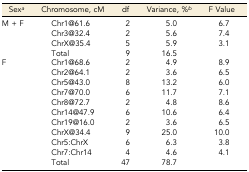
<table><thead><tr><td><b>Sex<i><sup>a</sup></i></b></td><td><b>Chromosome, cM</b></td><td><b>df</b></td><td><b>Variance, %<i><sup>b</sup></i></b></td><td><b>F Value</b></td></tr></thead><tbody><tr><td>M + F</td><td>Chr1@61.6</td><td>2</td><td>5.0</td><td>6.7</td></tr><tr><td></td><td>Chr3@32.4</td><td>2</td><td>5.6</td><td>7.4</td></tr><tr><td></td><td>ChrX@35.4</td><td>5</td><td>5.9</td><td>3.1</td></tr><tr><td></td><td>Total</td><td>9</td><td>16.5</td><td></td></tr><tr><td>F</td><td>Chr1@68.6</td><td>2</td><td>4.9</td><td>8.9</td></tr><tr><td></td><td>Chr2@64.1</td><td>2</td><td>3.6</td><td>6.5</td></tr><tr><td></td><td>Chr5@43.0</td><td>8</td><td>13.2</td><td>6.0</td></tr><tr><td></td><td>Chr7@70.0</td><td>6</td><td>11.7</td><td>7.1</td></tr><tr><td></td><td>Chr8@72.7</td><td>2</td><td>4.8</td><td>8.6</td></tr><tr><td></td><td>Chr14@47.9</td><td>6</td><td>10.6</td><td>6.4</td></tr><tr><td></td><td>Chr19@16.0</td><td>2</td><td>3.6</td><td>6.5</td></tr><tr><td></td><td>ChrX@34.4</td><td>9</td><td>25.0</td><td>10.0</td></tr><tr><td></td><td>Chr5:ChrX</td><td>6</td><td>6.3</td><td>3.8</td></tr><tr><td></td><td>Chr7:Chr14</td><td>4</td><td>4.6</td><td>4.1</td></tr><tr><td></td><td>Total</td><td>47</td><td>78.7</td><td></td></tr></tbody></table>